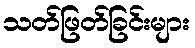
သတ်ဖြတ်ခြင်းများ